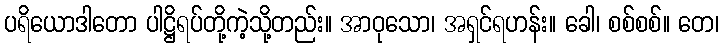
ပရိယောဒါတော ပါဋ္ဌိရပ်တို့ကဲ့သို့တည်း။ အာဝုသော၊ အရှင်ရဟန်း။ ခေါ၊ စစ်စစ်။ တေ၊